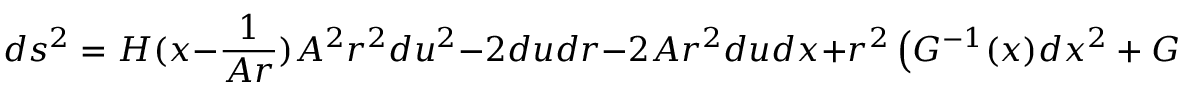
d s ^ { 2 } = H ( x - \frac { 1 } { A r } ) A ^ { 2 } r ^ { 2 } d u ^ { 2 } - 2 d u d r - 2 A r ^ { 2 } d u d x + r ^ { 2 } \left( G ^ { - 1 } ( x ) d x ^ { 2 } + G ( x ) d \varphi ^ { 2 } \right) \quad .